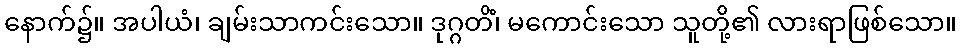
နောက်၌။ အပါယံ၊ ချမ်းသာကင်းသော။ ဒုဂ္ဂတိံ၊ မကောင်းသော သူတို့၏ လားရာဖြစ်သော။